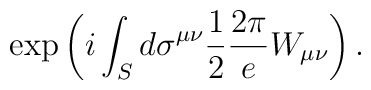
\exp \left( i \int_S d\sigma^{\mu\nu} \frac{1}{2} \frac{2\pi}{e} W_{\mu\nu}\right) .